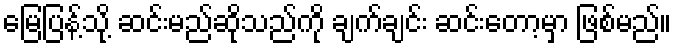
မြေပြန့်သို့ ဆင်းမည်ဆိုသည်ကို ချက်ချင်း ဆင်းတော့မှာ ဖြစ်မည်။